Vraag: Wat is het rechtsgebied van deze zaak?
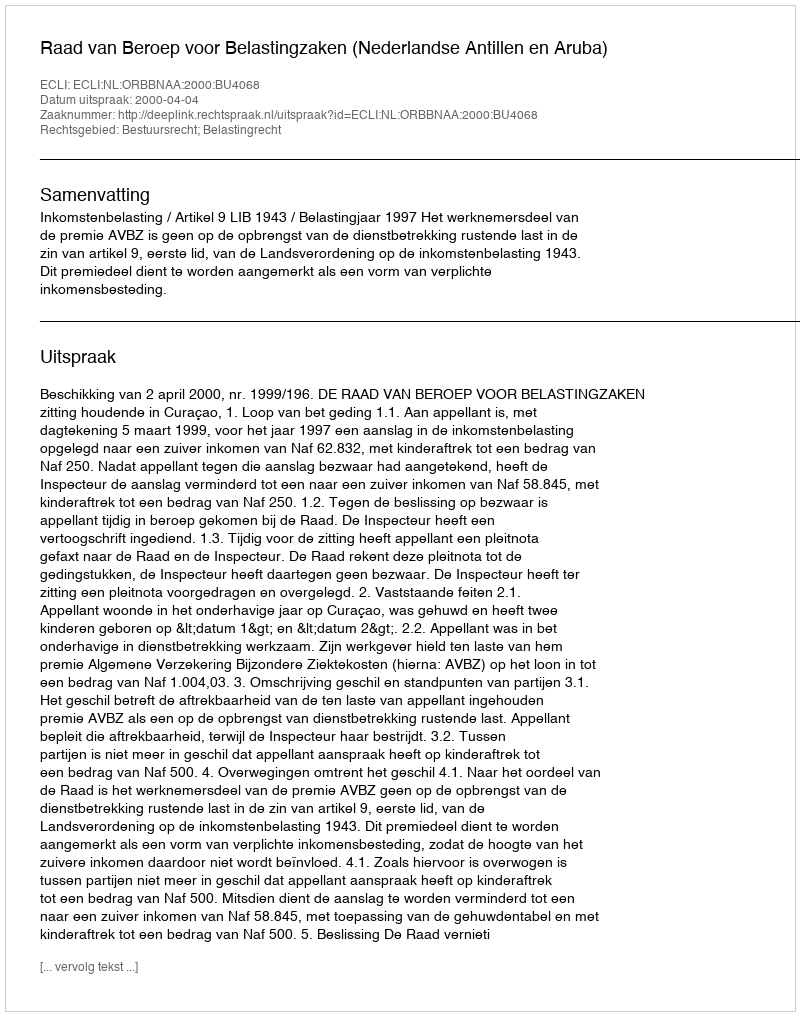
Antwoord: Bestuursrecht; Belastingrecht